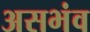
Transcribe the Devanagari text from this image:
असभंव